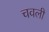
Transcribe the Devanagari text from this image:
चवली